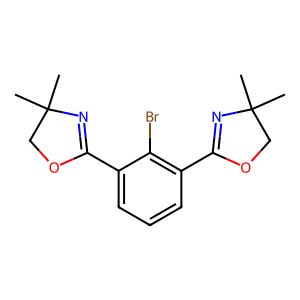
SMILES: CC1(C)COC(c2cccc(C3=NC(C)(C)CO3)c2Br)=N1
Inhibits HIV replication: No